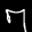
Label: 7